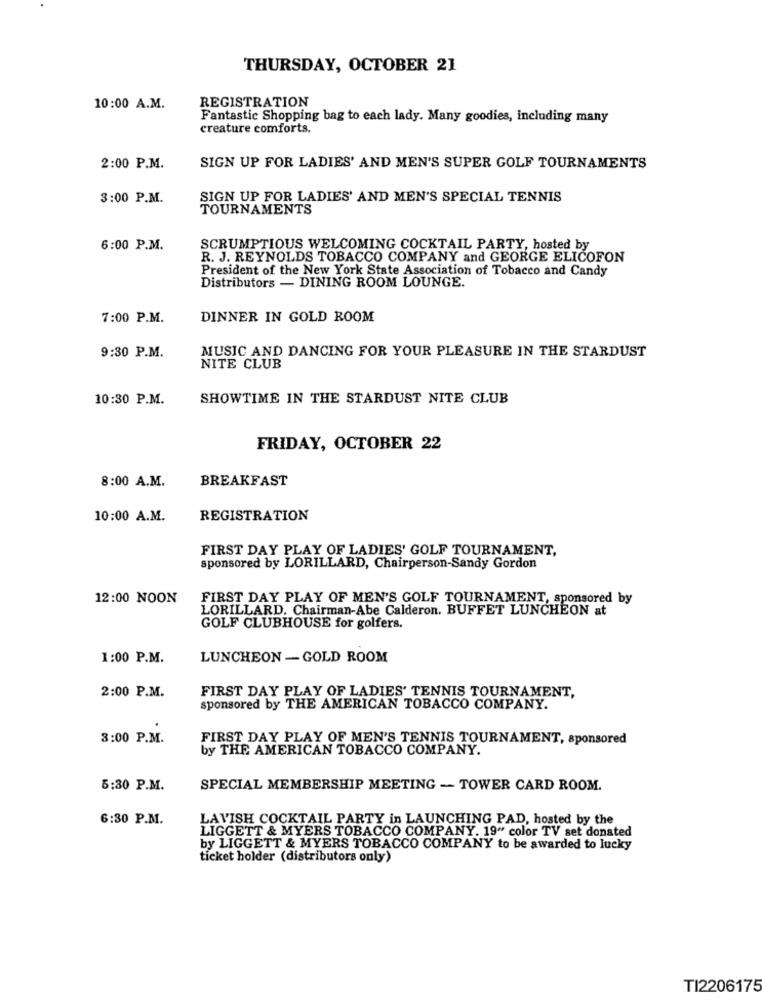
THURSDAY, OCTOBER 21
REGISTRATION
10:00 A.M.
Fantastic Shopping bag to each lady. Many goodies, including many
creature comforts.
2:00 P.M.
SIGN UP FOR LADIES' AND MEN'S SUPER GOLF TOURNAMENTS
3:00 P.M.
SIGN UP FOR LADIES' AND MEN'S SPECIAL TENNIS
TOURNAMENTS
6:00 P.M.
SCRUMPTIOUS WELCOMING COCKTAIL PARTY, hosted by
R. J. REYNOLDS TOBACCO COMPANY and GEORGE ELICOFON
President of the New York State Association of Tobacco and Candy
Distributors - DINING ROOM LOUNGE.
7:00 P.M.
DINNER IN GOLD ROOM
MUSIC AND DANCING FOR YOUR PLEASURE IN THE STARDUST
9:30 P.M.
NITE CLUB
10:30 P.M.
SHOWTIME IN THE STARDUST NITE CLUB
FRIDAY, OCTOBER 22
8:00 A.M.
BREAKFAST
10:00 A.M.
REGISTRATION
FIRST DAY PLAY OF LADIES' GOLF TOURNAMENT,
sponsored by LORILLARD, Chairperson-Sandy Gordon
12:00 NOON
FIRST DAY PLAY OF MEN'S GOLF TOURNAMENT, sponsored by
LORILLARD. Chairman-Abe Calderon. BUFFET LUNCHEON at
GOLF CLUBHOUSE for golfers.
1:00 P.M.
LUNCHEON - GOLD ROOM
2:00 P.M.
FIRST DAY PLAY OF LADIES' TENNIS TOURNAMENT,
sponsored by THE AMERICAN TOBACCO COMPANY.
8:00 P.M.
FIRST DAY PLAY OF MEN'S TENNIS TOURNAMENT, sponsored
by THE AMERICAN TOBACCO COMPANY.
5:30 P.M.
SPECIAL MEMBERSHIP MEETING - TOWER CARD ROOM.
6:30 P.M.
LAVISH COCKTAIL PARTY in LAUNCHING PAD, hosted by the
LIGGETT & MYERS TOBACCO COMPANY. 19" color TV set donated
by LIGGETT & MYERS TOBACCO COMPANY to be awarded to lucky
ticket holder (distributors only)
TI2206175